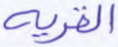
القرية